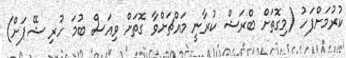
ކުރުމަށްފަހު (މިގޮތަށް ބްރަޝް ކުރާނީ މައްޗަށްވާ ގޮތަށް ވިއަސް ބުމަ ހުރި ޝޭޕަށް)